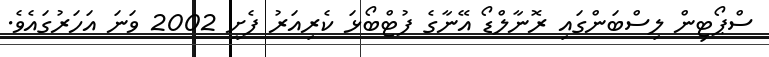
ސްޕޯޓިން ލިސްބަންގައި ރޮނާލްޑޯ އޭނާގެ ފުޓްބޯޅަ ކެރިއަރު ފެށީ 2002 ވަނަ އަހަރުގައެވެ.